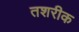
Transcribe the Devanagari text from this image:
तशरीक